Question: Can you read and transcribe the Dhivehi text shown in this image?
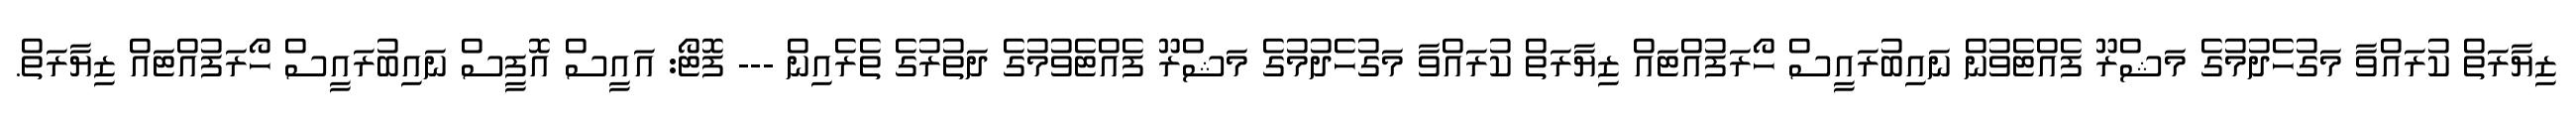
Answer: ޒިޔާރަތް ކުރައްވާ މަގުހެދުމުގެ މަޝްރޫ ފެއްޓެވުން ނައިބުރައީސް ހޯރަފުއްޓައް ޒިޔާރަތް ކުރައްވާ މަގުހެދުމުގެ މަޝްރޫ ފެއްޓެވުމުގެ ދަތުރުގެ ތެރެއިން --- ފޮޓޯ: އައީސް އޮފީސް ނައިބުރައީސް ހޯރަފުއްޓައް ޒިޔާރަތް.